Leprosy in India: report of the Leprosy Commission in India, 1890-91
Year: 1890
Disease focus: Leprosy
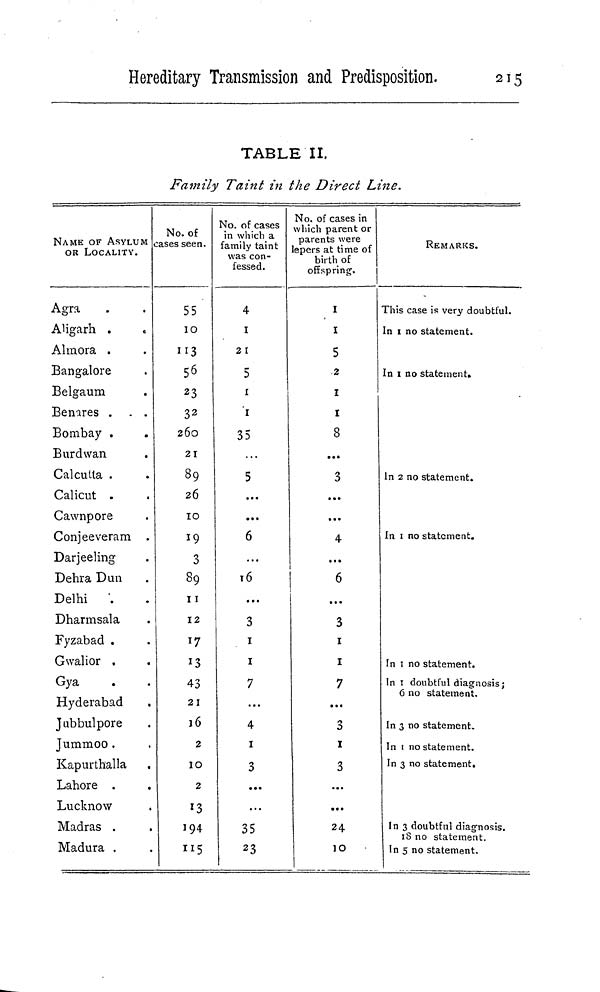
Hereditary Transmission and Predisposition.
215
TABLE II.
Family Taint in the Direct Line.
NAME OF ASYLUM
OR LOCALITY.
Agra
Aligarh
Almora .
Bangalore
Belgaum
Benares . . .
Bombay .
Burdwan
Calcutta .
Calicut .
Cawnpore
Conjeeveram .
Darjeeling
Dehra Dun
Delhi
Dharmsala
Fyzabad .
Gwalior »
Gya
Hyderabad
Jubbulpore
Jummoo .
Kapurthalla
Lahore .
.
Lucknow
Madras .
Madura ,
No. of
ases seen.
55
10
113
56
23
3 2
260
21
89
26
10
19
3
89
11
12
17
13
43
21
16
2
10
2
13
194
115
No. of cases
in which a
family taint
was con-
fessed.
4
1
21
5
1
1
35
5
...
...
6
...
T6
...
3
1
1
7
4
1
3
...
35
23
No. of cases in
which parent or
parents were
lepers at time of
birth of
offspring.
I
I
5
2
1
1
8
...
3
...
...
4
...
6
...
3
1
1
7
...
3
1
3
...
...
24
10
REMARKS.
This case is very doubtful.
In 1 no statement.
In 1 no statement.
ln 2 no statement.
In 1 no statement.
In 1 no statement.
In 1 doubtful diagnosis;
6 no statement.
In 3 no statement.
In 1 no statement.
In 3 no statement.
In 3 doubtful diagnosis.
18 no statement.
In 5 no statement.